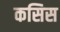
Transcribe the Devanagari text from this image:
कसिस